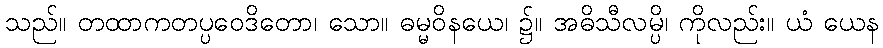
သည်။ တထာကတပ္ပဝေဒိတော၊ သော။ ဓမ္မဝိနယေ၊ ၌။ အဓိသီလမ္ပိ၊ ကိုလည်း။ ယံ ယေန